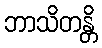
ဘာသိတန္တိ